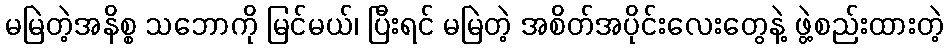
မမြဲတဲ့အနိစ္စ သဘောကို မြင်မယ်၊ ပြီးရင် မမြဲတဲ့ အစိတ်အပိုင်းလေးတွေနဲ့ ဖွဲ့စည်းထားတဲ့